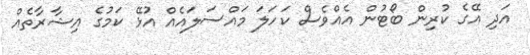
އަދި އޭގެ ކުރިން ބޯޓުން އެއްވެސް ކަހަލަ މައްސަލައެއް އުޅޭ ކަމުގެ އިޝާރާތެއް